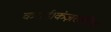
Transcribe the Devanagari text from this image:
कराई।कंज़रवेटिव